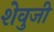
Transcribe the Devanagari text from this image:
शेवुजी